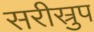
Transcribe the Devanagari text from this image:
सरीस्रुप